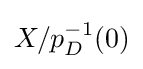
X/p_{D}^{-1}(0)